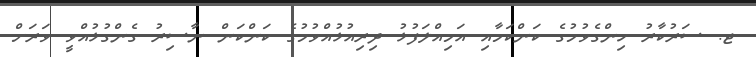
ޖ. ސަރުކާރު ހިންގެވުމުގެ ކަންކަމާއި އަމިއްލަފުޅު ދިރިއުޅުއްވުމުގެ ކަންކަން ނާސިރު ގެންގުޅުއްވީ ވަރަށް